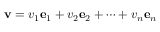
\mathbf { v } = v _ { 1 } \mathbf { e } _ { 1 } + v _ { 2 } \mathbf { e } _ { 2 } + \cdots + v _ { n } \mathbf { e } _ { n }